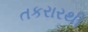
તકરારથી